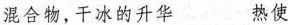
混合物，干冰的升华___热使